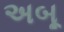
અબૂ